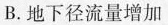
B.地下径流量增加